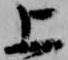
上